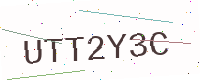
Text: UTT2Y3C